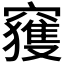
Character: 𥨦